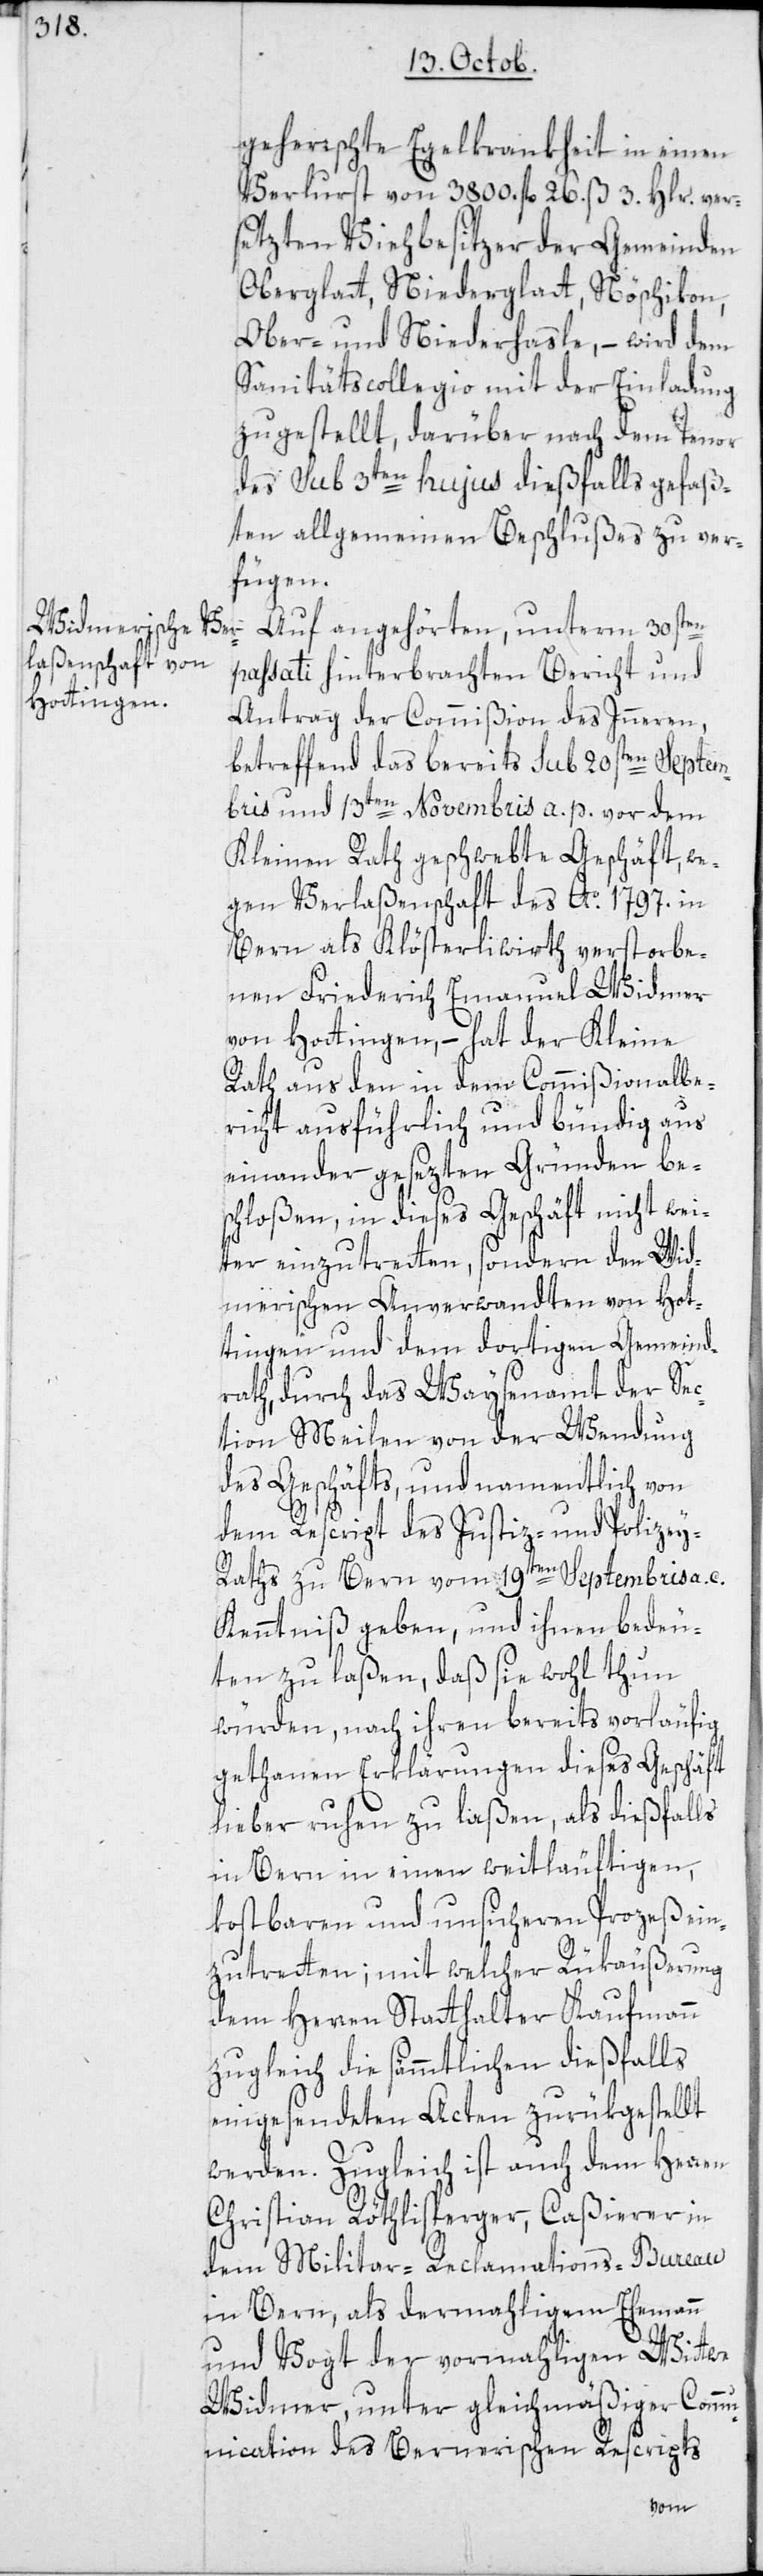
geherrschte Egelkrankheit in einen
Verlurst von 3800. fl. 26. ß 3. Hlr. ver¬
setzten Viehbesitzer der Gemeinden
Oberglatt, Niederglatt, Nöschikon,
Ober- und Niederhasle, – wird dem
Sanitätscollegio mit der Einladung
zugestellt, darüber nach dem Tenor
des sub 3ten hujus dießfalls gefaß¬
ten allgemeinen Beschlußes zu ver¬
fügen.
Auf angehörten, unterm 30sten
passati hinterbrachten Bericht und
Antrag der Commißion des Inneren,
betreffend das bereits sub 20sten Septem¬
bris und 13ten Novembris a. p. vor dem
Kleinen Rath geschwebte Geschäft, we¬
gen Verlaßenschaft des Ao 1797. in
Bern als Klösterliwirth verstorbe¬
nen Friederich Emanuel Widmer
von Hottingen, – hat der Kleine
Rath aus den in dem Commißionalbe¬
richt ausführlich und bündig aus
einander gesezten Gründen bes¬
chloßen, in dieses Geschäft nicht wei¬
ter einzutretten, sondern den Wid¬
merischen Anverwandten von Hot¬
tingen und dem dortigen Gemeind¬
rath, durch das Waysenamt der Sec¬
tion Meilen von der Wendung
des Geschäfts, und namentlich von
dem Rescript des Justiz- und Polizey-R¬
aths zu Bern vom 19ten Septembris a. c.
Kenntniß geben, und ihnen bedeu¬
ten zu laßen, daß sie wohl thun
würden, nach ihren bereits vorläufig
gethanen Erklärungen dieses Geschäft
lieber ruhen zu laßen, als dießfalls
in Bern in einen weitläuftigen,
kostbaren und unsicheren Prozeß ein¬
zutretten; mit welcher Rükäußerung
dem Herren Statthalter Kaufmann
zugleich die sämmtlichen dießfalls
eingesendeten Acten zurükgestellt
werden. Zugleich ist auch dem Herren
Christian Röthlisperger, Caßierer in
dem Militar-Reclamations-Bureau
in Bern, als dermahligem Ehemann
und Vogt der vormahligen Wittwe
Widmer, unter gleichmäßiger Comm¬
unication des Bernerischen Rescripts